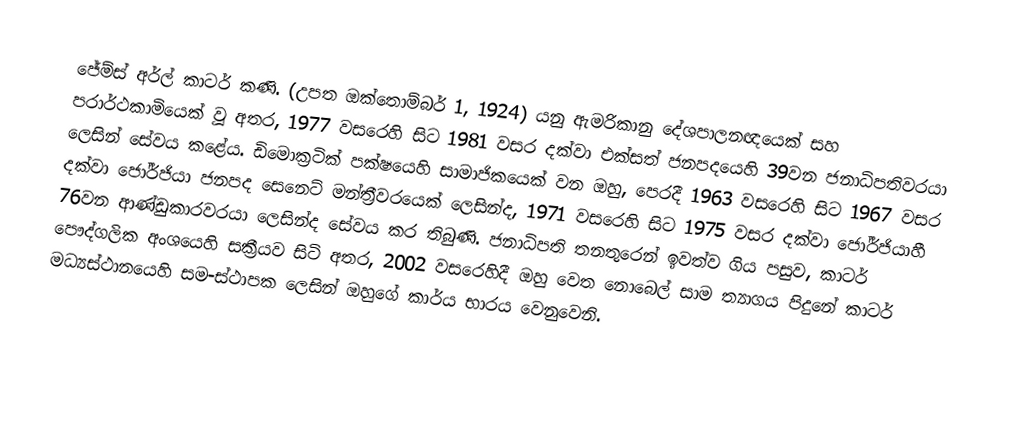
ජේම්ස් අර්ල් කාටර් කණි. (උපත ඔක්තොම්බර් 1, 1924) යනු ඇමරිකානු දේශපාලනඥයෙක් සහ  පරාර්ථකාමියෙක් වූ අතර, 1977 වසරෙහි සිට 1981 වසර දක්වා  එක්සත් ජනපදයෙහි 39වන ජනාධිපතිවරයා ලෙසින් සේවය කළේය. ඩිමොක්‍රටික් පක්ෂයෙහි සාමාජිකයෙක් වන ඔහු, පෙරදී 1963 වසරෙහි සිට 1967 වසර දක්වා ජෝර්ජියා ජනපද සෙනෙට් මන්ත්‍රීවරයෙක් ලෙසින්ද, 1971 වසරෙහි සිට 1975 වසර දක්වා ජෝර්ජියාහී 76වන ආණ්ඩුකාරවරයා ලෙසින්ද සේවය කර තිබුණි. ජනාධිපති තනතුරෙන් ඉවත්ව ගිය පසුව,  කාටර් පෞද්ගලික අංශයෙහි සක්‍රීයව සිටි අතර, 2002 වසරෙහිදී ඔහු වෙත නොබෙල් සාම ත්‍යාගය පිදුනේ කාටර් මධ්‍යස්ථානයෙහි සම-ස්ථාපක ලෙසින් ඔහුගේ කාර්ය භාරය වෙනුවෙනි.